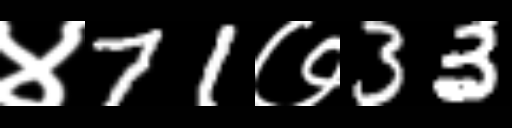
Text: ४71७33